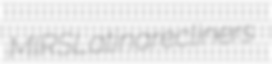
MIRS Latina recliners